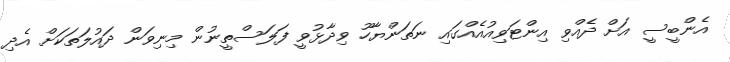
އެންބީސީ އަށް ދެއްވި އިންޓަވިއުއެއްގައި ނަތަންޔާހޫ ވިދާޅުވީ ފަލަސްތީނުން މިނިވަން ދައުލަތަކަށް އެދި